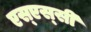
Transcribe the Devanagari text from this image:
एस्‌एस्‌सी